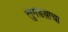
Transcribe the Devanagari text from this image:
लुगडय़ाचा